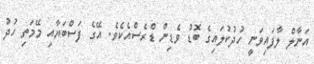
އަނާލް ލާފައިވަނީ ހުދުކުލައިގެ ބޮޑު ވެޑިން ޑްރެސްއެކެވެ. އޭގެ ފަސްބަޔާއި މޭމަތި ހުދު